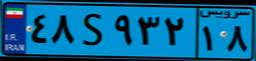
۸۸S۳۱۵۲۸